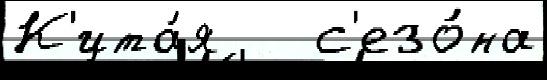
К'ита́я   с'езо́на